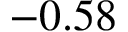
- 0 . 5 8